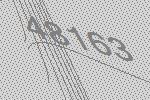
48163